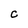
Character: C